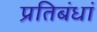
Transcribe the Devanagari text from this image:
प्रतिबंधां